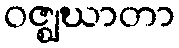
ဝဇ္ဈဃာတာ